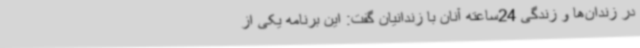
در زندان‌ها و زندگی 24ساعته آنان با زندانیان گفت: این برنامه یکی از